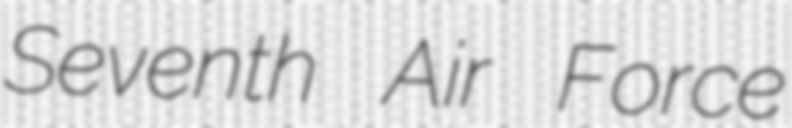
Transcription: Seventh Air Force